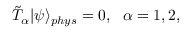
\tilde { T } _ { \alpha } | \psi \rangle _ { p h y s } = 0 , \, \, \, \, \alpha = 1 , 2 ,